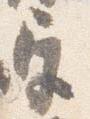
宮